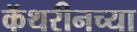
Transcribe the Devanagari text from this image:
कॅथरीनच्या